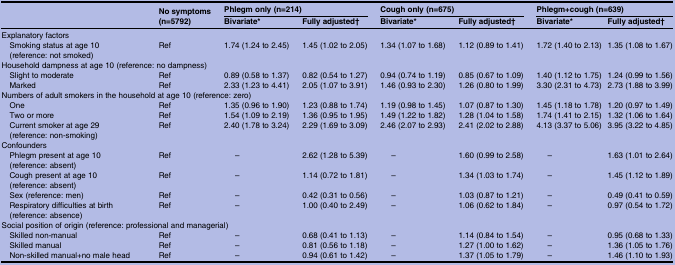
<table><thead><tr><td rowspan="2"></td><td rowspan="2"><b>No symptoms (n=5792)</b></td><td colspan="2"><b>Phlegm only (n=214)</b></td><td colspan="2"><b>Cough only (n=675)</b></td><td colspan="2"><b>Phlegm+cough (n=639)</b></td></tr><tr><td><b>Bivariate*</b></td><td><b>Fully adjusted†</b></td><td><b>Bivariate*</b></td><td><b>Fully adjusted†</b></td><td><b>Bivariate*</b></td><td><b>Fully adjusted†</b></td></tr></thead><tbody><tr><td colspan="8">Explanatory factors</td></tr><tr><td> Smoking status at age 10(reference: not smoked)</td><td>Ref</td><td>1.74 (1.24 to 2.45)</td><td>1.45 (1.02 to 2.05)</td><td>1.34 (1.07 to 1.68)</td><td>1.12 (0.89 to 1.41)</td><td>1.72 (1.40 to 2.13)</td><td>1.35 (1.08 to 1.67)</td></tr><tr><td colspan="8">Household dampness at age 10 (reference: no dampness)</td></tr><tr><td> Slight to moderate</td><td>Ref</td><td>0.89 (0.58 to 1.37)</td><td>0.82 (0.54 to 1.27)</td><td>0.94 (0.74 to 1.19)</td><td>0.85 (0.67 to 1.09)</td><td>1.40 (1.12 to 1.75)</td><td>1.24 (0.99 to 1.56)</td></tr><tr><td> Marked</td><td>Ref</td><td>2.33 (1.23 to 4.41)</td><td>2.05 (1.07 to 3.91)</td><td>1.46 (0.93 to 2.30)</td><td>1.26 (0.80 to 1.99)</td><td>3.30 (2.31 to 4.73)</td><td>2.73 (1.88 to 3.99)</td></tr><tr><td colspan="8">Numbers of adult smokers in the household at age 10 (reference: zero)</td></tr><tr><td> One</td><td>Ref</td><td>1.35 (0.96 to 1.90)</td><td>1.23 (0.88 to 1.74)</td><td>1.19 (0.98 to 1.45)</td><td>1.07 (0.87 to 1.30)</td><td>1.45 (1.18 to 1.78)</td><td>1.20 (0.97 to 1.49)</td></tr><tr><td> Two or more</td><td>Ref</td><td>1.54 (1.09 to 2.19)</td><td>1.36 (0.95 to 1.95)</td><td>1.49 (1.22 to 1.82)</td><td>1.28 (1.04 to 1.58)</td><td>1.74 (1.41 to 2.15)</td><td>1.32 (1.06 to 1.64)</td></tr><tr><td> Current smoker at age 29 (reference: non-smoking)</td><td>Ref</td><td>2.40 (1.78 to 3.24)</td><td>2.29 (1.69 to 3.09)</td><td>2.46 (2.07 to 2.93)</td><td>2.41 (2.02 to 2.88)</td><td>4.13 (3.37 to 5.06)</td><td>3.95 (3.22 to 4.85)</td></tr><tr><td colspan="8">Confounders</td></tr><tr><td> Phlegm present at age 10(reference: absent)</td><td>Ref</td><td>–</td><td>2.62 (1.28 to 5.39)</td><td>–</td><td>1.60 (0.99 to 2.58)</td><td>–</td><td>1.63 (1.01 to 2.64)</td></tr><tr><td> Cough present at age 10(reference: absent)</td><td>Ref</td><td>–</td><td>1.14 (0.72 to 1.81)</td><td>–</td><td>1.34 (1.03 to 1.74)</td><td>–</td><td>1.45 (1.12 to 1.89)</td></tr><tr><td> Sex (reference: men)</td><td>Ref</td><td>–</td><td>0.42 (0.31 to 0.56)</td><td>–</td><td>1.03 (0.87 to 1.21)</td><td>–</td><td>0.49 (0.41 to 0.59)</td></tr><tr><td> Respiratory difficulties at birth (reference: absence)</td><td>Ref</td><td>–</td><td>1.00 (0.40 to 2.49)</td><td>–</td><td>1.06 (0.62 to 1.84)</td><td>–</td><td>0.97 (0.54 to 1.72)</td></tr><tr><td colspan="8">Social position of origin (reference: professional and managerial)</td></tr><tr><td> Skilled non-manual</td><td>Ref</td><td>–</td><td>0.68 (0.41 to 1.13)</td><td>–</td><td>1.14 (0.84 to 1.54)</td><td>–</td><td>0.95 (0.68 to 1.33)</td></tr><tr><td> Skilled manual</td><td>Ref</td><td>–</td><td>0.81 (0.56 to 1.18)</td><td>–</td><td>1.27 (1.00 to 1.62)</td><td>–</td><td>1.36 (1.05 to 1.76)</td></tr><tr><td> Non-skilled manual+no male head</td><td>Ref</td><td>–</td><td>0.94 (0.61 to 1.42)</td><td>–</td><td>1.37 (1.05 to 1.79)</td><td>–</td><td>1.46 (1.10 to 1.93)</td></tr></tbody></table>